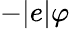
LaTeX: -|e|\varphi